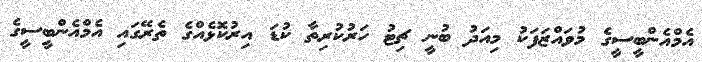
އެމްއެންބީސީގެ މުވައްޒަފަކު މިއަދު ބުނީ ޗިޓު ހަރުކުރިތާ ކުޑަ އިރުކޮޅެއްގެ ތެރޭގައި އެމްއެންބީސީގެ